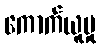
ကောက်ယူမှု